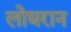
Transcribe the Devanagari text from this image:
लोधरान